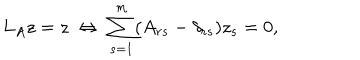
LaTeX: L _ { A } z = z \; \Leftrightarrow \; \sum _ { s = 1 } ^ { m } ( A _ { r s } - \delta _ { r s } ) z _ { s } = 0 , \nonumber